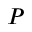
\cal P